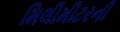
મિલીમીટરની